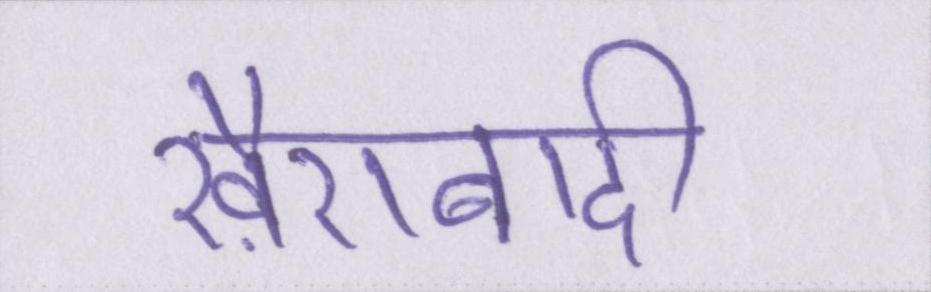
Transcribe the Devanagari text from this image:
ख़ैराबादी